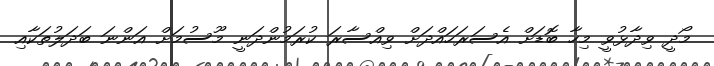
މޯދީ ވިދާޅުވީ މިހާ ބޮޑަށް އެސަރަހައްދަށް ވިއްސާރަ ކުރަމުންދަނީ މޫސުމަށް އަންނަ ބަދަލުތަކާއި